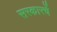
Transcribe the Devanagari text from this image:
सरकारचें